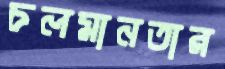
চলমানতার